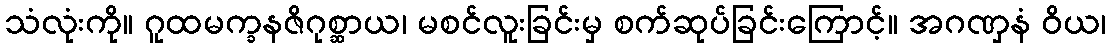
သံလုံးကို။ ဂူထမက္ခနဇိဂုစ္ဆာယ၊ မစင်လူးခြင်းမှ စက်ဆုပ်ခြင်းကြောင့်။ အဂဏှနံ ဝိယ၊